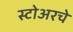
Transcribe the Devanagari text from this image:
स्टोअरचे